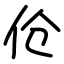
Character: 伧